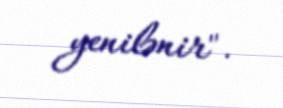
yenilənir".